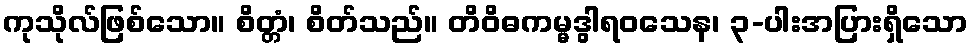
ကုသိုလ်ဖြစ်သော။ စိတ္တံ၊ စိတ်သည်။ တိဝိဓကမ္မဒွါရဝသေန၊ ၃-ပါးအပြားရှိသော